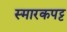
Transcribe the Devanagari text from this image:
स्मारकपट्ट